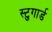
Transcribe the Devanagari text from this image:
स्टुगार्ड